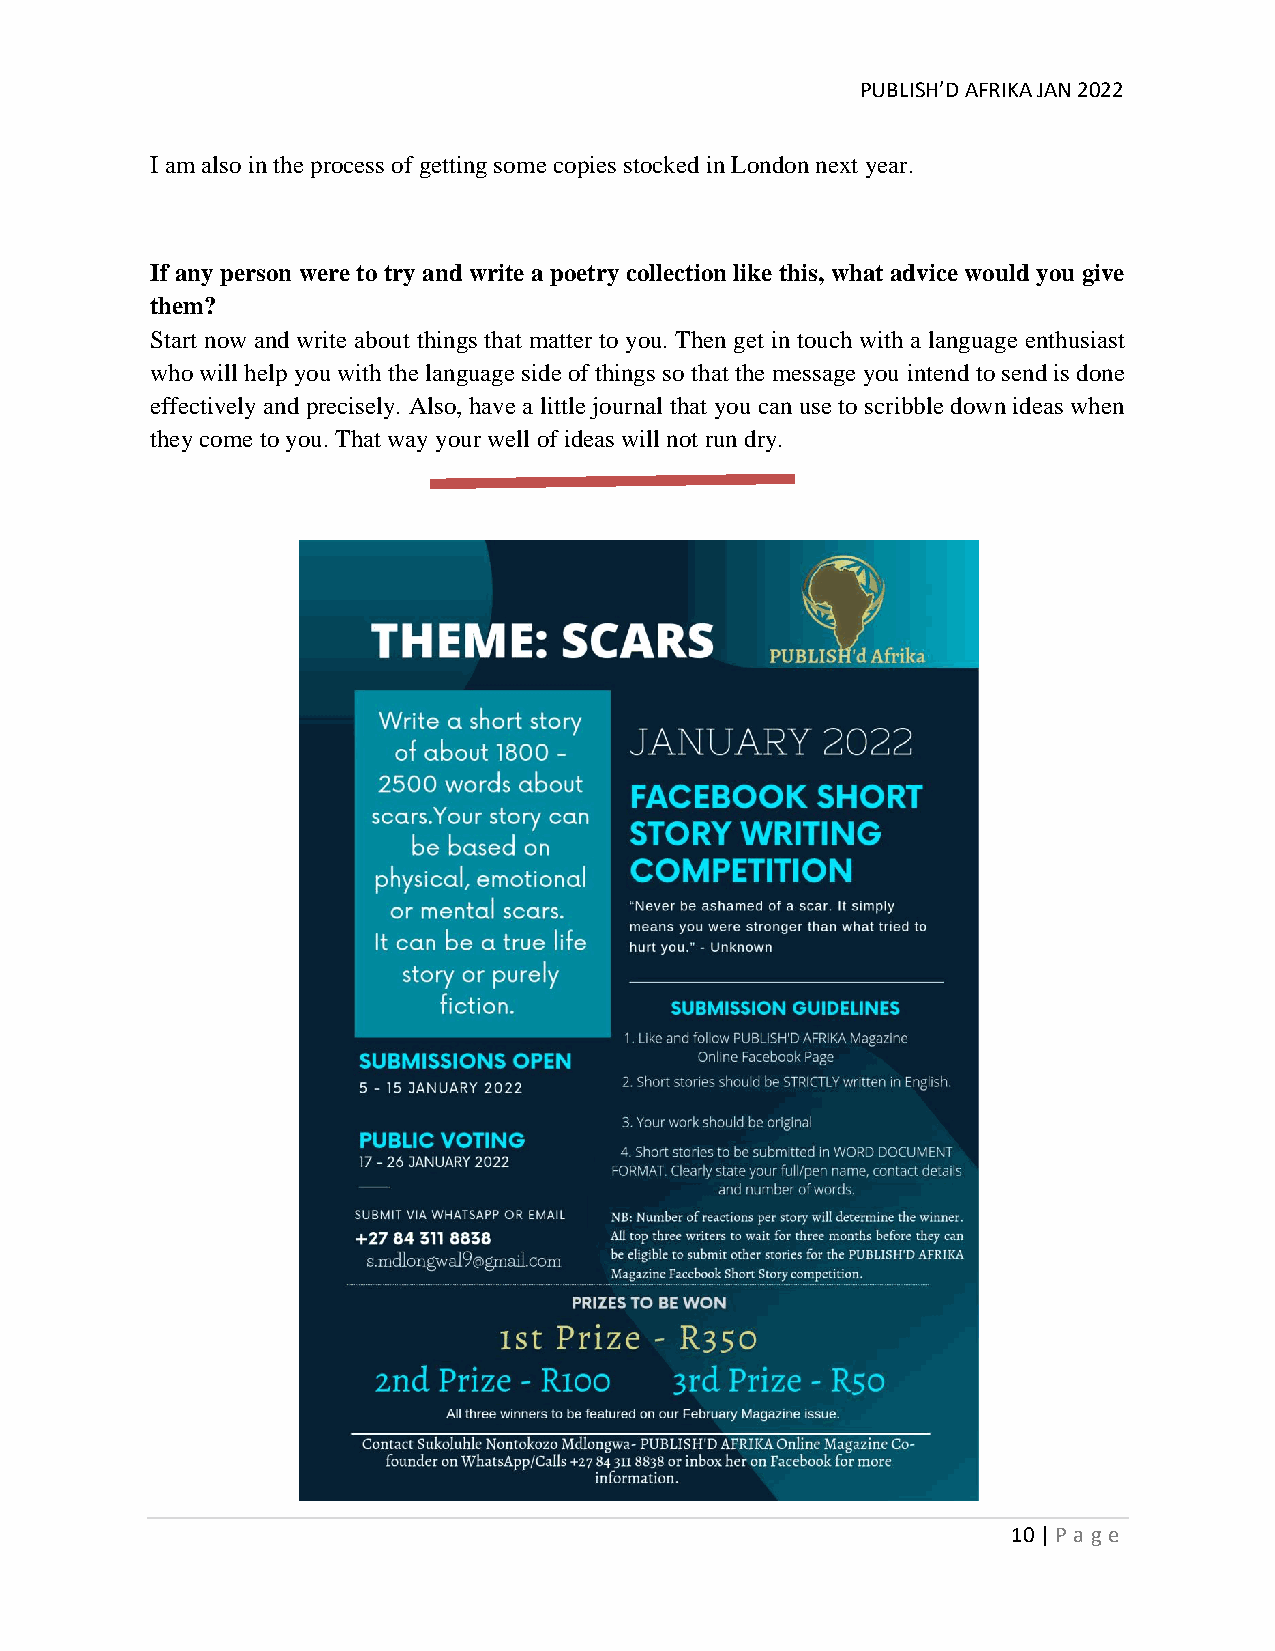
PUBLISH’D AFRIKA JAN 2022
 I am also in the process of getting some copies stocked in London next year.
 If any person were to try and write a poetry collection like this, what advice would you give
 them?
 Start now and write about things that matter to you. Then get in touch with a language enthusiast
 who will help you with the language side of things so that the message you intend to send is done
 effectively and precisely. Also, have a little journal that you can use to scribble down ideas when
 they come to you. That way your well of ideas will not run dry.
 10 | P age